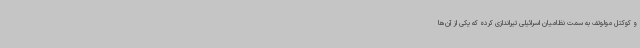
و کوکتل مولوتف به سمت نظامیان اسرائیلی تیراندازی کرده که یکی از آن‌ها